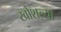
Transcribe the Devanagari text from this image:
खोशल्या